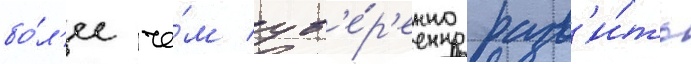
бо́л'ее че́м ув'е́р'енно разв'и́ть